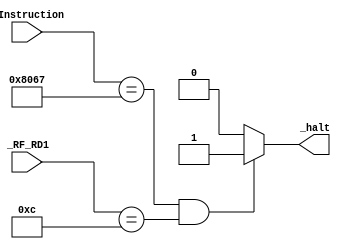
module HALT(

	input [31:0] _Instruction,
	input [31:0] _RF_RD1,

	output _halt

	);

	reg reg_halt;
	assign _halt = reg_halt;

	always@ (*) begin
		if ((_Instruction == 32'h00008067) & (_RF_RD1 == 32'h0000000c)) reg_halt = 1;
		else  reg_halt = 0;
	end

endmodule